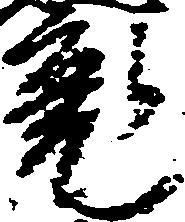
魂